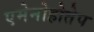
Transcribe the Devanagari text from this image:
एमेनोहोतेप